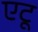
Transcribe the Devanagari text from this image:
एटू